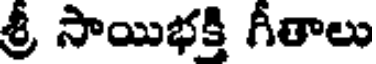
శ్రీ సాయిభక్తి గీతాలు